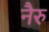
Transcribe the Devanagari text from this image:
नैरु